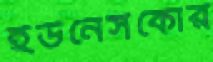
ইউনেসকোর